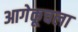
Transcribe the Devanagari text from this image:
आगेकूचला